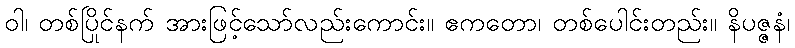
ဝါ၊ တစ်ပြိုင်နက် အားဖြင့်သော်လည်းကောင်း။ ဧကတော၊ တစ်ပေါင်းတည်း။ နိပဇ္ဇနံ၊